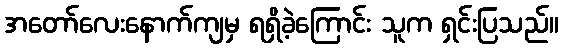
အတော်လေးနောက်ကျမှ ရရှိခဲ့ကြောင်း သူက ရှင်းပြသည်။